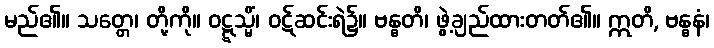
မည်၏။ သတ္တေ၊ တို့ကို။ ဝဋ္ဋသ္မိံ၊ ဝဋ်ဆင်းရဲ၌။ ဗန္ဓတိ၊ ဖွဲ့ချည်ထားတတ်၏။ ဣတိ, ဗန္ဓနံ၊